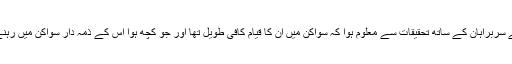
جہازوں کے سربراہان کے ساتھ تحقیقات سے معلوم ہوا کہ سواکن میں ان کا قیام کافی طویل تھا اور جو کچھ ہوا اس کے ذمّہ دار سواکن میں رہنے والے ہیں۔